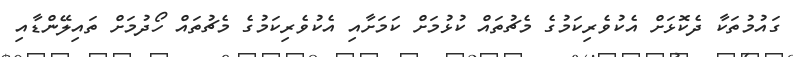
ގައުމުތަކާ ދެކޮޅަށް އެކުވެރިކަމުގެ މެޗުތައް ކުޅުމަށް ކަމަށާއި އެކުވެރިކަމުގެ މެޗުތައް ހޯދުމަށް ތައިލޭންޑާއި